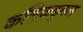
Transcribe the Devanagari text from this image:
कलिकडुगल